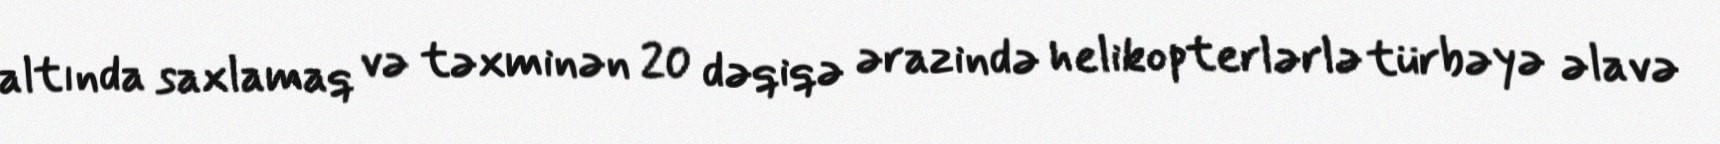
altında saxlamaq və təxminən 20 dəqiqə ərazində helikopterlərlə türbəyə əlavə